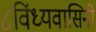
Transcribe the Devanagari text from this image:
८विंध्यवासिनी